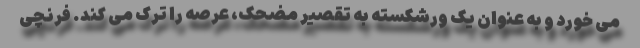
می خورد و به عنوان یک ورشکسته به تقصیر مضحک، عرصه را ترک می کند. فرنچی